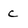
Character: C